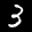
Label: 3